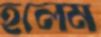
হলেম